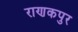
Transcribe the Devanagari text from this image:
राणकपुर